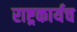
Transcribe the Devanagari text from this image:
राष्ट्रकार्यच